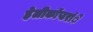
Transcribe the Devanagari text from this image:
हेलीकाॅप्टरांे